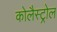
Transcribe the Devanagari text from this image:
कोलैस्ट्रोल